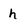
Character: h